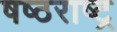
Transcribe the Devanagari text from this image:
षष्ठराष्ट्र